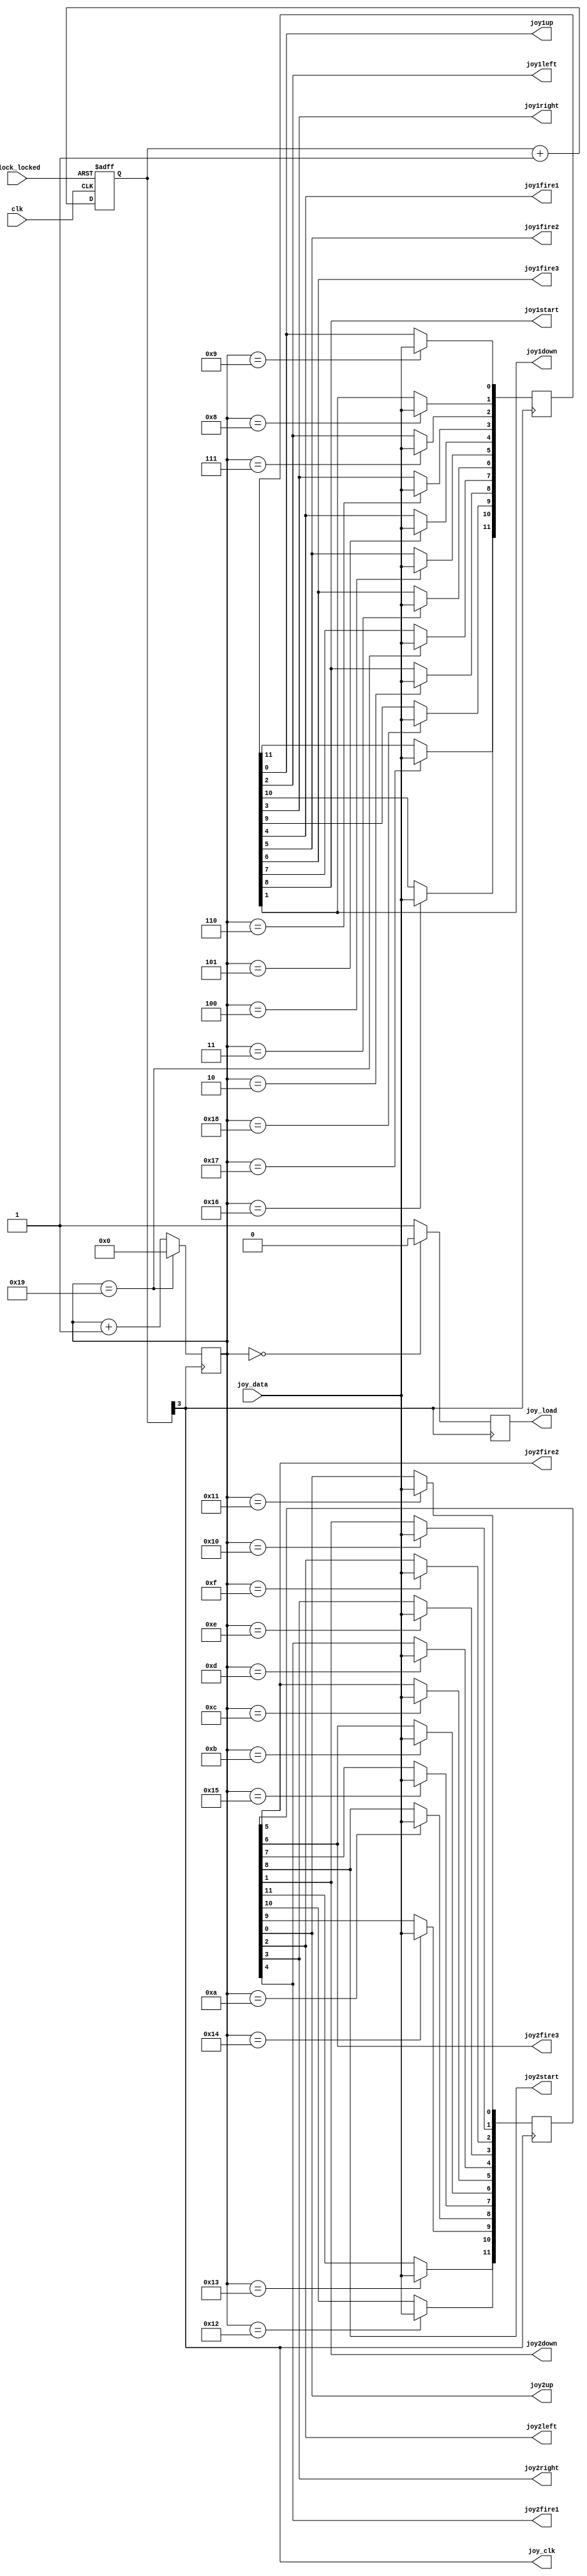
`timescale 1ns / 1ps
`default_nettype none

//////////////////////////////////////////////////////////////////////////////////
// Company: 
// Engineer: 
// 
// Design Name: 
// Module Name:    joydecoder 
// Project Name: 
// Target Devices: 
// Tool versions: 
// Description: 
//
// Dependencies: 
//
// Revision: 
// Revision 0.01 - File Created
// Additional Comments: 
//
//////////////////////////////////////////////////////////////////////////////////

module joydecoder (
//-------------------------------------------
  input wire clk,//si reloj de entrada en este caso 1.3888Mhz va a patilla 11 integrado
  input wire joy_data,//datos serializados patilla viene de la patilla 9 integrado
  output wire joy_clk,//este reloj no se usa
  output wire joy_load,//este reloj negado se usa directamente en las patillas 12 y 13
  input wire clock_locked,
  //input wire hsync_n_s,
//-----------------------------------------
  output wire joy1up,
  output wire joy1down,
  output wire joy1left,
  output wire joy1right,
  output wire joy1fire1,
  output wire joy1fire2,
  output wire joy1fire3,
  output wire joy1start,
  output wire joy2up,
  output wire joy2down,
  output wire joy2left,
  output wire joy2right,
  output wire joy2fire1,
  output wire joy2fire2,
  output wire joy2fire3,
  output wire joy2start  
  );
  

     // Divisor de relojes
  reg [7:0] delay_count;
  wire ena_x;
  
  always @ (posedge clk or negedge clock_locked) begin
    if (!clock_locked) begin
      delay_count <= 8'd0;
    end else begin
      delay_count <= delay_count + 1'b1;       
    end
  end
    
  //assign ena_x = delay_count[3]; //para clk aprox, 4Mhz
  //assign ena_x = delay_count[4]; //para clk aprox, 8Mhz
  //assign ena_x = delay_count[5]; //para clk aprox, 16Mhz
	assign ena_x = delay_count[3];
  
  
  //Gestion de Joystick
// wire [11:0] j1 , j2;
   reg [11:0] joy1  = 12'hFFF, joy2  = 12'hFFF;
	//reg [11:0] joy1s  = 12'hFFF, joy2s  = 12'hFFF;
   reg joy_renew = 1'b1;
   reg [4:0]joy_count = 5'd0;
	reg hsyncaux;
   
   assign joy_clk = ena_x;
   assign joy_load = joy_renew;
	
   assign joy1up    = joy1[0];
   assign joy1down  = joy1[1];
   assign joy1left  = joy1[2];
   assign joy1right = joy1[3];
   assign joy1fire1 = joy1[4];
   assign joy1fire2 = joy1[5];
   assign joy1fire3 = joy1[6];
   assign joy1start = joy1[8];
   assign joy2up    = joy2[0];
   assign joy2down  = joy2[1];
   assign joy2left  = joy2[2];
   assign joy2right = joy2[3];
   assign joy2fire1 = joy2[4];
   assign joy2fire2 = joy2[5];
   assign joy2fire3 = joy2[6];
   assign joy2start = joy2[8];
	
//	always @(negedge joy_renew) 
//	begin 
//		hsyncaux <= hsync_n_s;
//		if (hsyncaux == hsync_n_s)
//		begin
//			joy1s <= joy1;
//			joy2s <= joy2;			
//		end
//	end

	always @(posedge ena_x) 
	  begin 
      if (joy_count == 5'd0) 
		  begin
         joy_renew <= 1'b0;
        end 
		else 
		  begin
         joy_renew <= 1'b1;
        end
      if (joy_count == 5'd25) 
		  begin
         joy_count <= 5'd0;
        end
		else 
		  begin
         joy_count <= joy_count + 1'd1;
        end      
     end
   always @(posedge ena_x) begin
         case (joy_count)
            5'd2  : joy1[8]  <= joy_data;   //  1p start
            5'd3  : joy1[6]  <= joy_data;   //  1p fire3
            5'd4  : joy1[5]  <= joy_data;   //  1p fire2
            5'd5  : joy1[4]  <= joy_data;   //  1p fire1
            5'd6  : joy1[3]  <= joy_data;   //  1p right
            5'd7  : joy1[2]  <= joy_data;   //  1p left
            5'd8  : joy1[1]  <= joy_data;   //  1p down
            5'd9  : joy1[0]  <= joy_data;   //  1p up
            5'd10 : joy2[8]  <= joy_data;   //  2p start
            5'd11 : joy2[6]  <= joy_data;   //  2p fire3
            5'd12 : joy2[5]  <= joy_data;   //  2p fire2
            5'd13 : joy2[4]  <= joy_data;   //  2p fire1
            5'd14 : joy2[3]  <= joy_data;   //  2p right
            5'd15 : joy2[2]  <= joy_data;   //  2p left
            5'd16 : joy2[1]  <= joy_data;   //  2p down
            5'd17 : joy2[0]  <= joy_data;   //  2p up
            5'd18 : joy2[10] <= joy_data;   //  2p select
            5'd19 : joy2[11] <= joy_data;   //  test
            5'd20 : joy2[9]  <= joy_data;   //  2p coin
            5'd21 : joy2[7]  <= joy_data;   //  2p fire4
            5'd22 : joy1[10] <= joy_data;   //  1p select
            5'd23 : joy1[11] <= joy_data;   //  service
            5'd24 : joy1[9]  <= joy_data;   //  1p coin
            5'd25 : joy1[7]  <= joy_data;   //  1p fire4
         endcase              
      end
endmodule